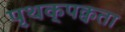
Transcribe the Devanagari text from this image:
पृथक्‌पक्वता